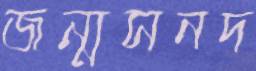
জন্মসনদ